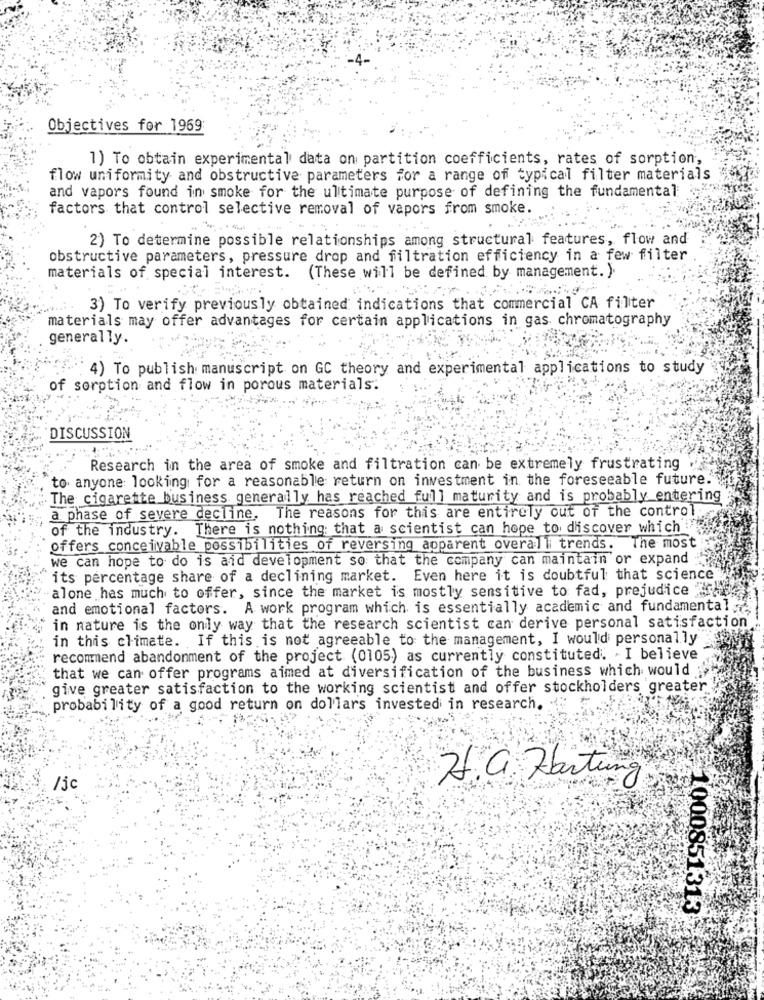
Objectives for 1969:
1) To obtain experimental data on partition coefficients, rates of sorption,
flow uniformity and obstructive parameters for a range of typical filter materials
and vapors found in smoke for the ultimate purpose of defining the fundamental
factors that control selective removal of vapors from smoke.
2) To determine possible relationships among structural features, flow and
obstructive parameters, pressure drop and filtration efficiency in a few filter
materials of special interest. (These will be defined by management. ).
3) To verify previously obtained indications that commercial CA filter
materials may offer advantages for certain applications in gas chromatography
generally.
4) To publish manuscript on GC theory and experimental applications to study
of sorption and flow in porous materials.
DISCUSSION
Research in the area of smoke and filtration can be extremely frustrating
to anyone looking for a reasonable return on investment in the foreseeable future."
. The cigarette business generally has reached full maturity and is probably entering
a phase of severe decline, The reasons for this are entirely out of the control
of the industry. There is nothing: that a scientist can hope to discover which
offers conceivable possibilities of reversing apparent overall trends. The most
we can hope to do is aid development so that the company can maintain or expand
its percentage share of a declining market. Even here it is doubtful that science
alone has much to offer, since the market is mostly sensitive to fad, prejudice
and emotional factors. A work program which is essentially academic and fundamental
in nature is the only way that the research scientist can derive personal satisfaction
in this climate. If this is not agreeable to the management, I would personally
recommend abandonment of the project (0105) as currently constituted. - I believe
that we can offer programs aimed at diversification of the business which would
give greater satisfaction to the working scientist and offer stockholders greater
probability of a good return on dollars invested in research.
/j
Hf. a. Hartung
1000851313